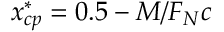
x _ { c p } ^ { * } = 0 . 5 - M / F _ { N } c